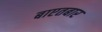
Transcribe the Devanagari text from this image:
बाएतबार